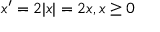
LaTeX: x ^ { \prime } = 2 | x | = 2 x , x \geq 0